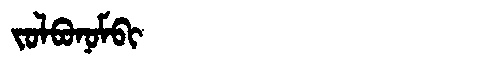
Manchu: ᠵᠣᠯᠪᠣᠨᠣᠮᠪᡳ
Romanization: JOLBONOMBI